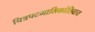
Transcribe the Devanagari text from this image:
चित्रपटमालिकांशिवाय